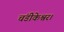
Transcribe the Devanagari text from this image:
चंडीकेश्वर।